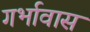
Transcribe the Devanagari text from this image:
गर्भावास